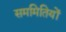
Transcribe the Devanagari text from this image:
सममितियों